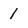
Character: l